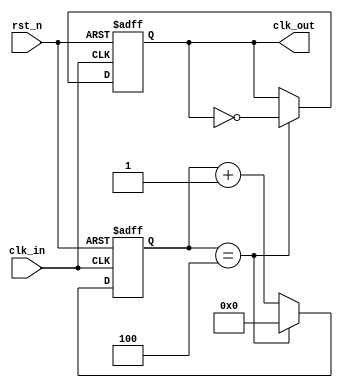
`timescale  1ns/1ps
//////////////////////////////////////////////////////////////////////////////////
// Designer : Hank.Gan
// Design Name: clk_div
// Description: A simple clock divider
// Dependencies: None
// Revision 1.0
// Additional Comments:
//////////////////////////////////////////////////////////////////////////////////
module clk_div#(
    parameter       SCALER = 10
)
(
    input clk_in,
    input rst_n,
    output reg clk_out
);

parameter   COUNT = SCALER/2 - 1;
 
reg  [15:0]  count;
 
always @(posedge clk_in or negedge rst_n)
begin
   if(!rst_n)
     count <= 4'b0;
   else if(count == COUNT)
     count <= 4'b0;
   else
     count <= count + 1'b1;
end 
always @(posedge clk_in or negedge rst_n)
begin
    if(!rst_n)
      clk_out <= 1'b0;
    else if(count == COUNT)
      clk_out <= ~clk_out;
    else
      clk_out <= clk_out;
end
 
endmodule